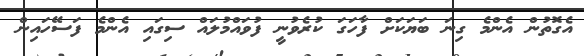
އެގޮތުން އެންމެ ގިނަ ބަޔަކަށް ފާހަގަ ކުރެވުނީ ފުވައްމުލައް ސިގައި އެންމެ ފަސޭހައިން